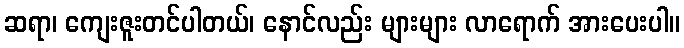
ဆရာ၊ ကျေးဇူးတင်ပါတယ်၊ နောင်လည်း များများ လာရောက် အားပေးပါ။